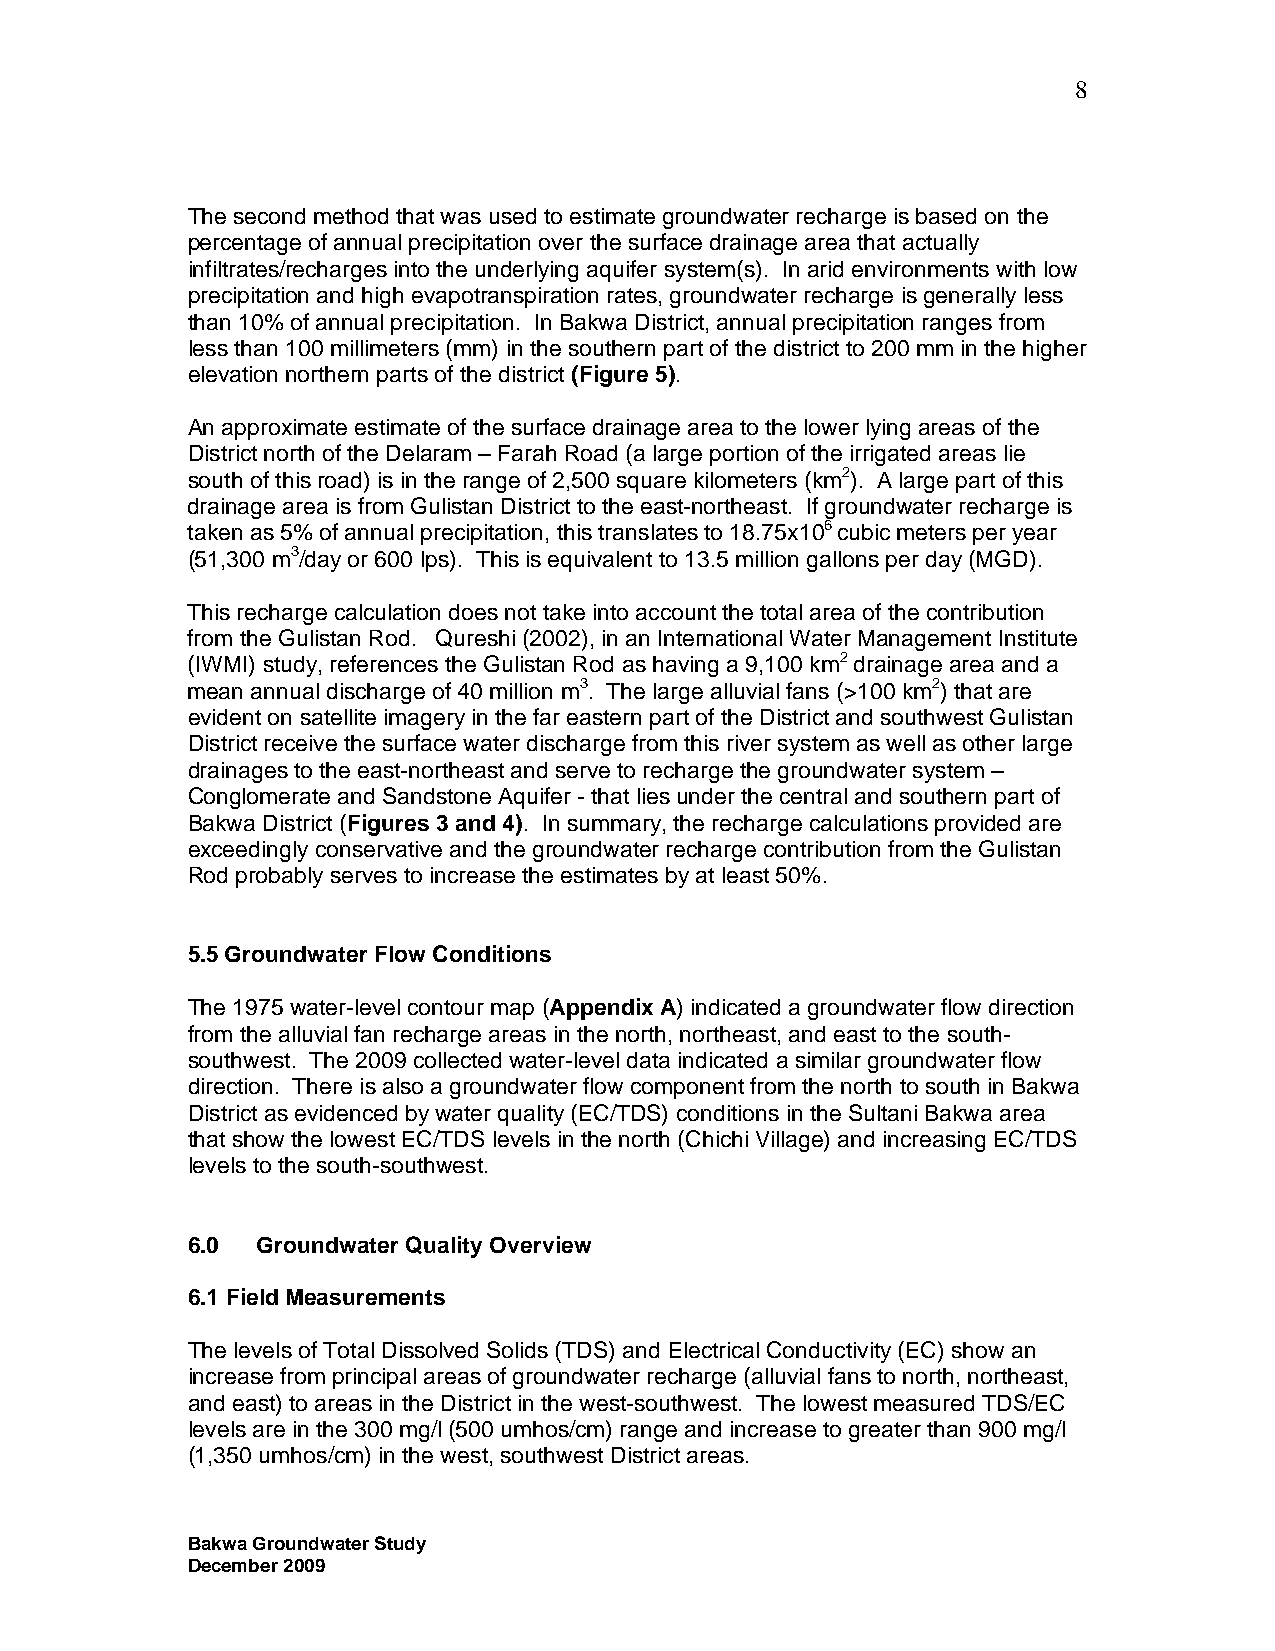
8
 The second method that was used to estimate groundwater recharge is based on the
 percentage of annual precipitation over the surface drainage area that actually
 infiltrates/recharges into the underlying aquifer system(s). In arid environments with low
 precipitation and high evapotranspiration rates, groundwater recharge is generally less
 than 10% of annual precipitation. In Bakwa District, annual precipitation ranges from
 less than 100 millimeters (mm) in the southern part of the district to 200 mm in the higher
 elevation northern parts of the district (Figure 5).
 An approximate estimate of the surface drainage area to the lower lying areas of the
 District north of the Delaram – Farah Road (a large portion of the irrigated areas lie
 south of this road) is in the range of 2,500 square kilometers (km2). A large part of this
 drainage area is from Gulistan District to the east-northeast. If groundwater recharge is
 taken as 5% of annual precipitation, this translates to 18.75x106 cubic meters per year
 (51,300 m3/day or 600 lps). This is equivalent to 13.5 million gallons per day (MGD).
 This recharge calculation does not take into account the total area of the contribution
 from the Gulistan Rod. Qureshi (2002), in an International Water Management Institute
 (IWMI) study, references the Gulistan Rod as having a 9,100 km2 drainage area and a
 mean annual discharge of 40 million m3. The large alluvial fans (>100 km2) that are
 evident on satellite imagery in the far eastern part of the District and southwest Gulistan
 District receive the surface water discharge from this river system as well as other large
 drainages to the east-northeast and serve to recharge the groundwater system –
 Conglomerate and Sandstone Aquifer - that lies under the central and southern part of
 Bakwa District (Figures 3 and 4). In summary, the recharge calculations provided are
 exceedingly conservative and the groundwater recharge contribution from the Gulistan
 Rod probably serves to increase the estimates by at least 50%.
 5.5 Groundwater Flow Conditions
 The 1975 water-level contour map (Appendix A) indicated a groundwater flow direction
 from the alluvial fan recharge areas in the north, northeast, and east to the south-
 southwest. The 2009 collected water-level data indicated a similar groundwater flow
 direction. There is also a groundwater flow component from the north to south in Bakwa
 District as evidenced by water quality (EC/TDS) conditions in the Sultani Bakwa area
 that show the lowest EC/TDS levels in the north (Chichi Village) and increasing EC/TDS
 levels to the south-southwest.
 6.0  Groundwater Quality Overview
 6.1 Field Measurements
 The levels of Total Dissolved Solids (TDS) and Electrical Conductivity (EC) show an
 increase from principal areas of groundwater recharge (alluvial fans to north, northeast,
 and east) to areas in the District in the west-southwest. The lowest measured TDS/EC
 levels are in the 300 mg/l (500 umhos/cm) range and increase to greater than 900 mg/l
 (1,350 umhos/cm) in the west, southwest District areas.
 Bakwa Groundwater Study
 December 2009